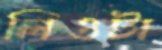
লিওটা